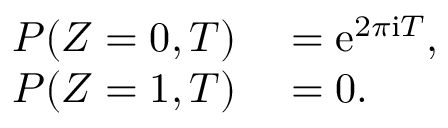
\begin{array} { r l } { P ( Z = 0 , T ) } & { { } = \mathrm { e } ^ { 2 \pi \mathrm { i } T } , } \\ { P ( Z = 1 , T ) } & { { } = 0 . } \end{array}